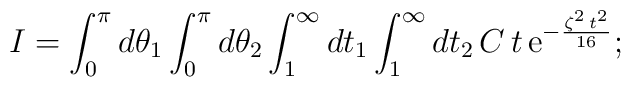
I=  \int_{0}^{\pi}d\theta_{1} \int_{0}^{\pi}d\theta_{2}  \int_{1}^{\infty}dt_{1} \int_{1}^{\infty}dt_{2}\,  C\,t\,{\rm e}^{-\frac{\zeta ^{2}\,t^{2}}{16}};